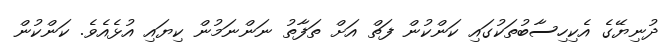
ދުނިޔޭގެ އެކިހިސާބުތަކުގައި ކަންކުން ފަތް އަށް ތަފާތު ނަންނަމުން ކިޔައި އުޅެއެވެ. ކަންކުން